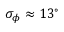
\sigma _ { \phi } \approx 1 3 ^ { \circ }